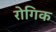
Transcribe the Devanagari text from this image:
रोगिक